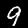
Label: 9